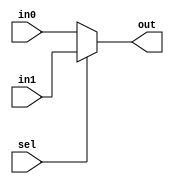
module mux2to1(
        input [15:0] in0,
        input [15:0] in1,
        input sel,
        output [15:0] out
    );
    assign out = sel? in1 : in0;
endmodule